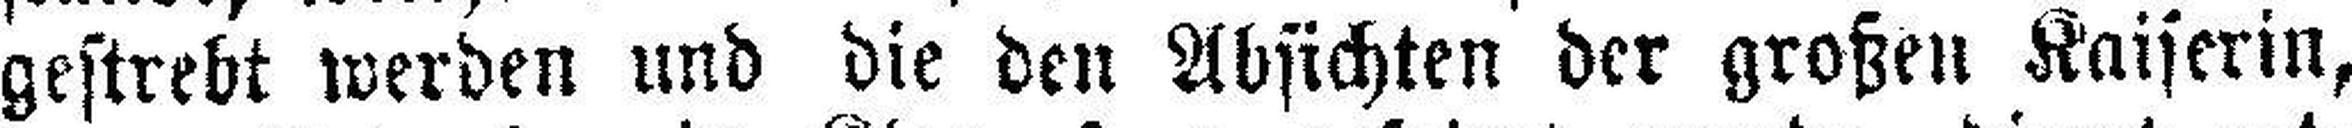
gestrebt werden und die den Absichten der großen Kaiserin,